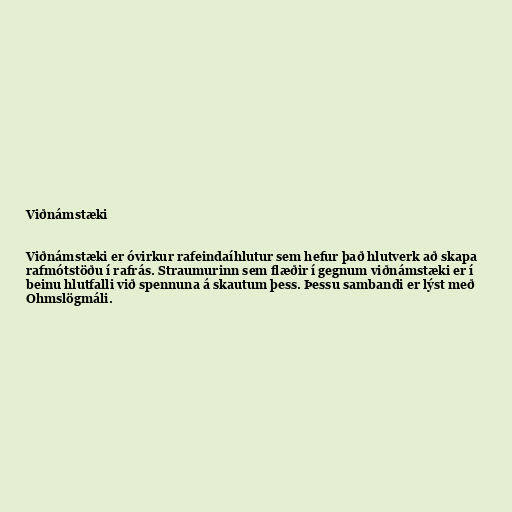
Viðnámstæki

Viðnámstæki er óvirkur rafeindaíhlutur sem hefur það hlutverk að skapa
rafmótstöðu í rafrás. Straumurinn sem flæðir í gegnum viðnámstæki er í
beinu hlutfalli við spennuna á skautum þess. Þessu sambandi er lýst með
Ohmslögmáli.